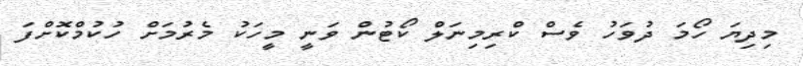
މިދިޔަ ހޯމަ ދުވަހު ވެސް ކްރިމިނަލް ކޯޓުން ވަނީ މީހަކު މެރުމަށް ހުކުމްކޮށްފަ